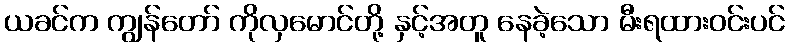
ယခင်က ကျွန်တော် ကိုလှမောင်တို့ နှင့်အတူ နေခဲ့သော မီးရထားဝင်းပင်